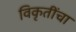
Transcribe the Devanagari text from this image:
विकृतींचा